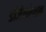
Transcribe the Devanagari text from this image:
डीजेनरेशन